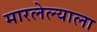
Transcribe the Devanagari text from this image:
मारलेल्‍याला